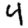
Digit: 4